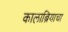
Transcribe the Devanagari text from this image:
कालाब्रियाचा